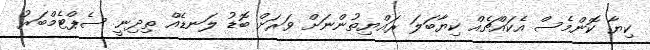
ކިޔާ ކޮންމެސް އެކައްޗެއް ކިޔާބަލަ ރައްޔިތުންނަށް ވަރަށް ބޮޑު ލަނޑެއް ތިދިނީ ސެޕްޓެމްބަރު